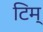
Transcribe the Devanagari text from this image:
टिम्